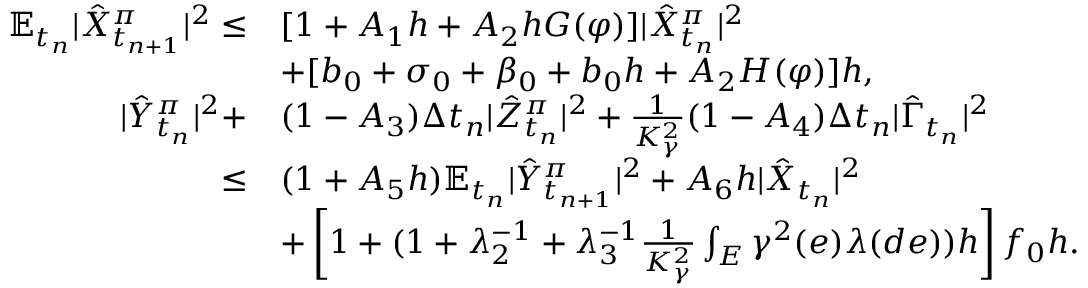
\begin{array} { r l } { \mathbb { E } _ { t _ { n } } { | \hat { X } _ { t _ { n + 1 } } ^ { \pi } | ^ { 2 } } \leq } & { [ 1 + A _ { 1 } h + A _ { 2 } h G ( \varphi ) ] | \hat { X } _ { t _ { n } } ^ { \pi } | ^ { 2 } } \\ & { + [ b _ { 0 } + \sigma _ { 0 } + \beta _ { 0 } + b _ { 0 } h + A _ { 2 } H ( { \varphi } ) ] h , } \\ { | \hat { Y } _ { t _ { n } } ^ { \pi } | ^ { 2 } + } & { ( 1 - A _ { 3 } ) \Delta t _ { n } | \hat { Z } _ { t _ { n } } ^ { \pi } | ^ { 2 } + \frac { 1 } { K _ { \gamma } ^ { 2 } } ( 1 - A _ { 4 } ) \Delta t _ { n } | \hat { \Gamma } _ { t _ { n } } | ^ { 2 } } \\ { \leq } & { ( 1 + A _ { 5 } h ) \mathbb { E } _ { t _ { n } } { | \hat { Y } _ { t _ { n + 1 } } ^ { \pi } | ^ { 2 } } + A _ { 6 } h | \hat { X } _ { t _ { n } } | ^ { 2 } } \\ & { + \left[ 1 + ( 1 + \lambda _ { 2 } ^ { - 1 } + \lambda _ { 3 } ^ { - 1 } \frac { 1 } { K _ { \gamma } ^ { 2 } } \int _ { E } \gamma ^ { 2 } ( e ) \lambda ( d e ) ) h \right] f _ { 0 } h . } \end{array}